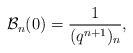
\begin{align*} \mathcal{B}_n(0) = \frac{1}{(q^{n+1})_{n}},\end{align*}